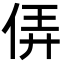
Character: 㑝